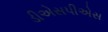
ડીએસપીએસ